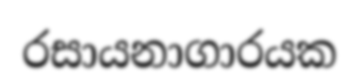
රසායනාගාරයක